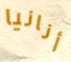
أنانيا